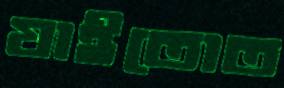
যাইতোত